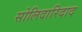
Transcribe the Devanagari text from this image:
सोलिदारिदाद